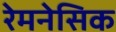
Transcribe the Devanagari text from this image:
रेमनेसिक